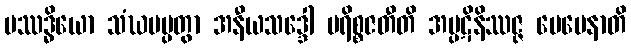
ပဿဒ္ဓိယော သံဃမပ္ပတွာ အနီယသဒ္ဒေါ ပရိစ္စဇတီတိ အပ္ပဋိနိဿဇ္ဇ ပေမေနာတိ